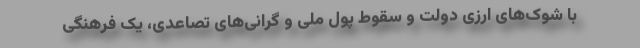
با شوک‌های ارزی دولت و سقوط پول ملی و گرانی‌های تصاعدی، یک فرهنگی